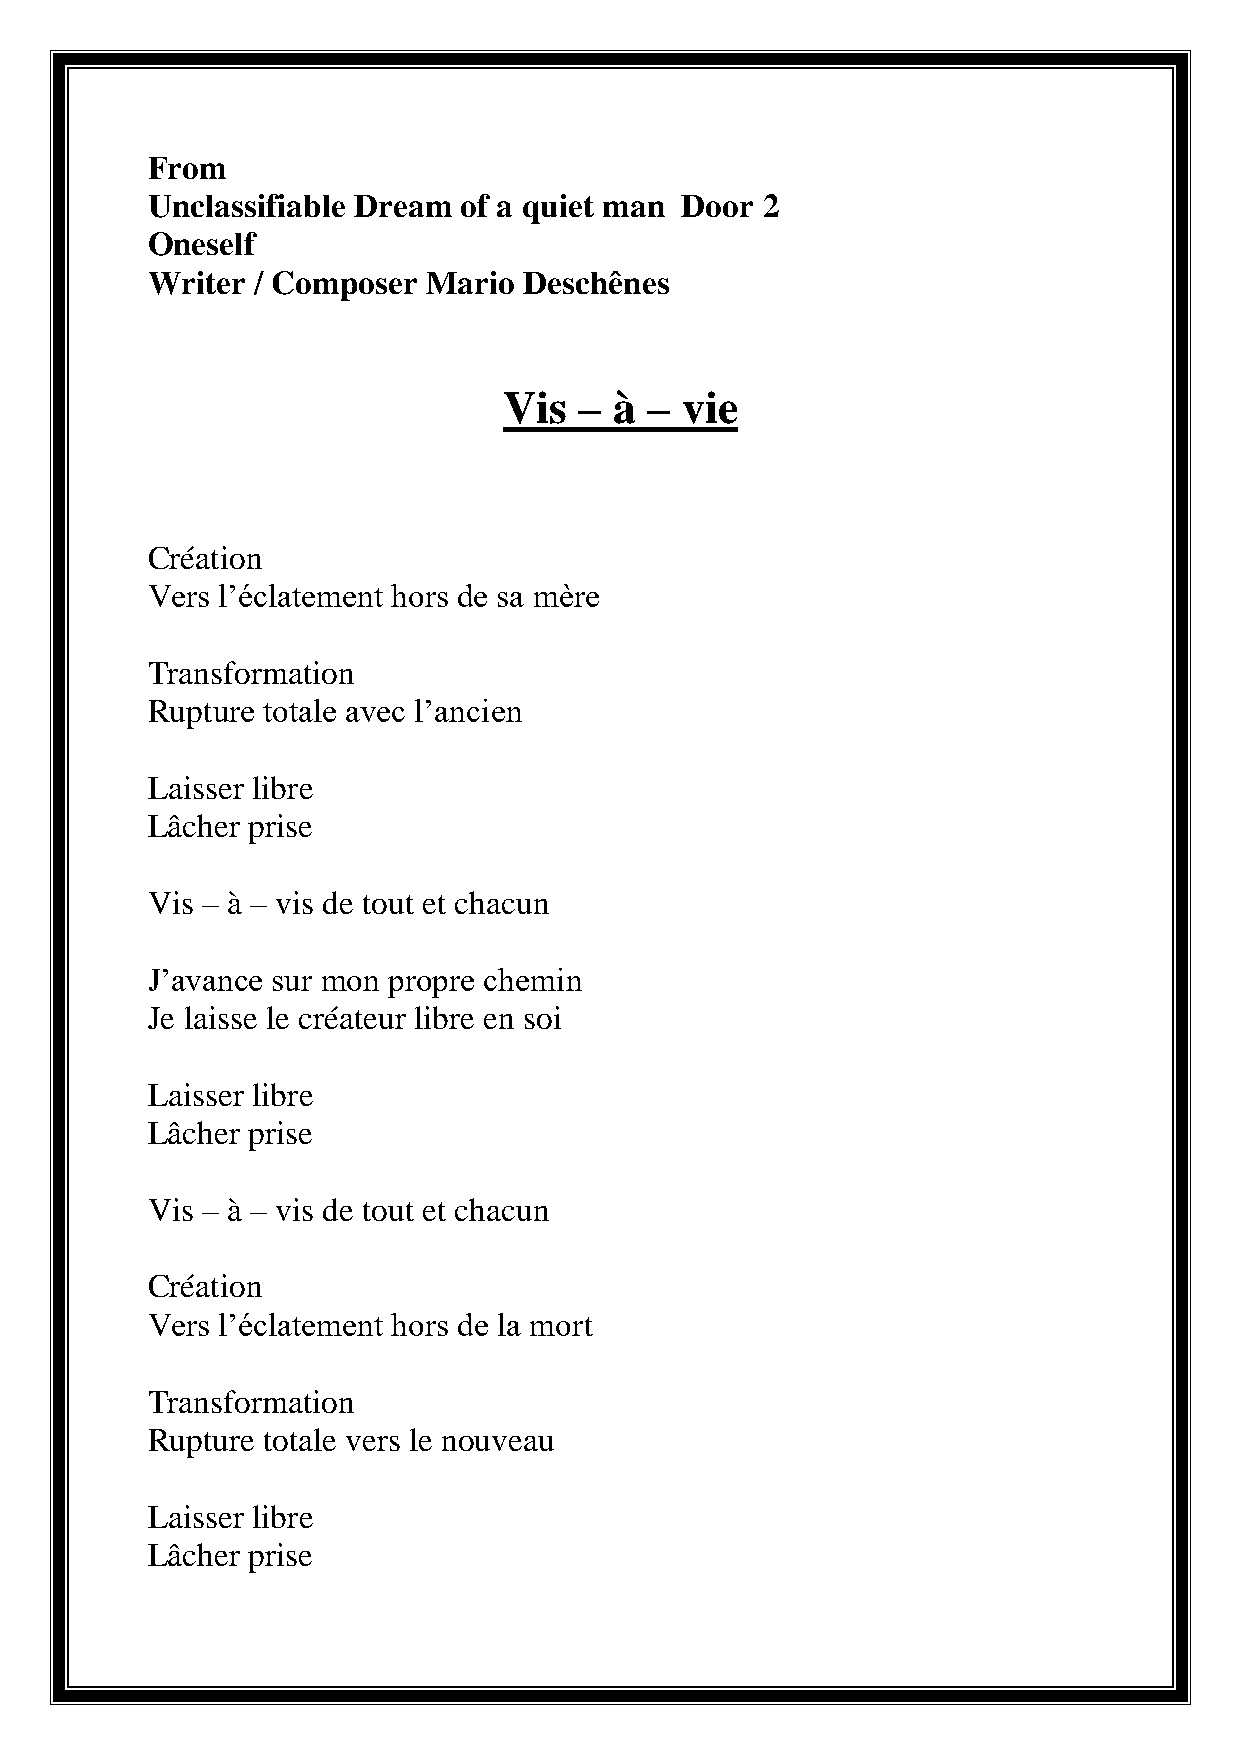
From
 Unclassifiable Dream of a quiet man Door 2
 Oneself
 Writer / Composer Mario  Deschênes
 Vis  –  à – vie
 Création
 Vers l’éclatement hors de sa mère
 Transformation
 Rupture totale avec l’ancien
 Laisser libre
 Lâcher prise
 Vis – à – vis de tout et chacun
 J’avance sur mon propre chemin
 Je laisse le créateur libre en soi
 Laisser libre
 Lâcher prise
 Vis – à – vis de tout et chacun
 Création
 Vers l’éclatement hors de la mort
 Transformation
 Rupture totale vers le nouveau
 Laisser libre
 Lâcher prise